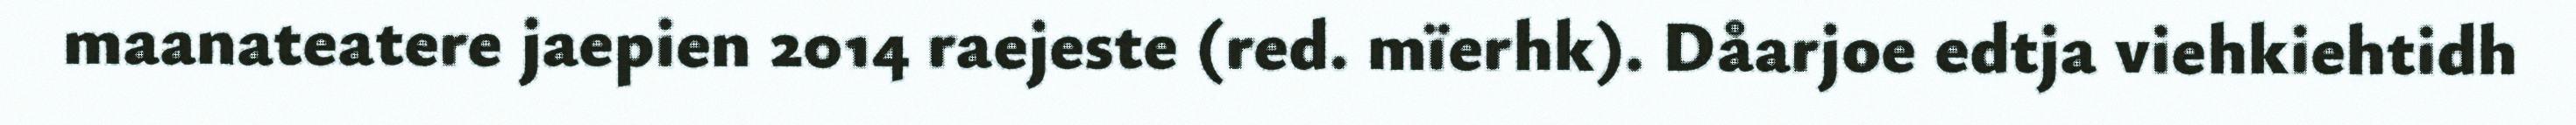
maanateatere jaepien 2014 raejeste (red. mïerhk). Dåarjoe edtja viehkiehtidh